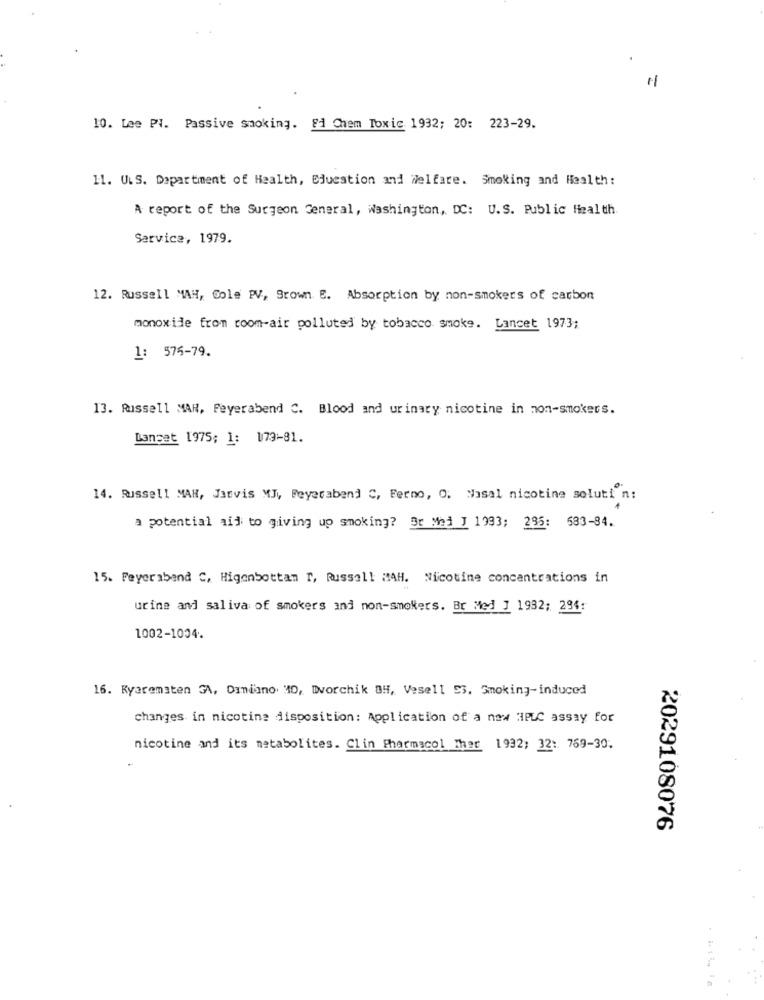
1
10. Lee PI. Passive smoking. Ed Chem Toxic. 1932; 20: 223-29.
11. U.S. Department of Health, Education and Welfare. Smoking and Health:
A report of the Surgeon General, Washington, DC: U.S. Public Health.
Service, 1979.
12. Russell MAH, Cole PV, Brown E. Absorption by non-smokers of carbon
monoxide from room-air polluted by tobacco smoke. Lancet 1973;
1: 575-79.
13. Russell MAR, Peyerabend C. Blood and urinary nicotine in non-smokers.
Danset 1975; 1: 179-81.
14. Russell MAN, Jarvis MJ, Feyerabend C, Ferno, O. Nasal nicotine soluti n:
a potential aid to giving up smoking? Br Med J 1933; 235: 533-34.
15. Feyeraband C, Higenbottan r, Russell MAH. Nicotine concentrations in
urine and saliva of smokers and non-smokers. Br Med J 1932; 294:
1002-1004.
16. Ryarematen GA, Dimiano 30, Dvorchik BH, Vesell 53. Smoking-induced
changes in nicotine disposition: Application of a new HPLC assay for
nicotine and its metabolites. Clin Pharmacol Ther 1932; 32: 759-30.
2029108076